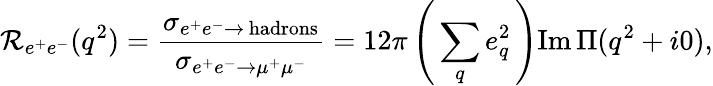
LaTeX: \mathcal{R}_{e^{+}e^{-}}(q^{2})=\frac{{\sigma_{e^{+}e^{-}\to\, \mathrm{{hadrons}}}}}{{\sigma_{e^{+}e^{-}\to\mu^{+}\mu^{-}}}}=12\pi\left(\, \sum_{q}e_{q}^{2}\, \right)\mathrm{{Im}}\, \Pi(q^{2}+i0),